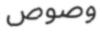
وصوص